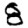
Digit: 8